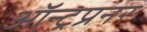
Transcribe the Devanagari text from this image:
ऑन्ट्रप्रनर